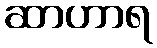
ဆာဟာရ